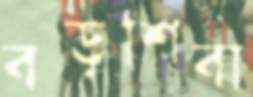
বড়শিবা